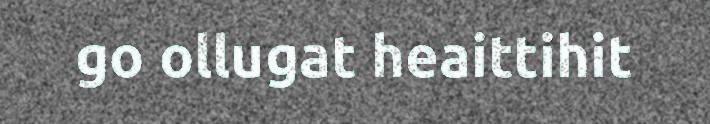
go ollugat heaittihit